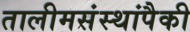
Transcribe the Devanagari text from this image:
तालीमसंस्थांपैकी